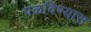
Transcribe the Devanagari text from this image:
पळविण्यास